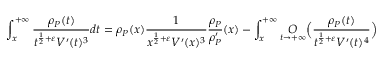
\int _ { x } ^ { + \infty } \frac { \rho _ { P } ( t ) } { t ^ { \frac { 1 } { 2 } + \varepsilon } V ^ { \prime } ( t ) ^ { 3 } } d t = \rho _ { P } ( x ) \frac { 1 } { x ^ { \frac { 1 } { 2 } + \varepsilon } V ^ { \prime } ( x ) ^ { 3 } } \frac { \rho _ { P } } { \rho _ { P } ^ { \prime } } ( x ) - \int _ { x } ^ { + \infty } \underset { t \rightarrow + \infty } { O } \Big ( \frac { \rho _ { P } ( t ) } { t ^ { \frac { 1 } { 2 } + \varepsilon } V ^ { \prime } ( t ) ^ { 4 } } \Big )